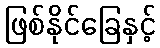
ဖြစ်နိုင်ခြေနှင့်